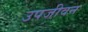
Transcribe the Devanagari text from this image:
उपजीवन